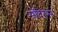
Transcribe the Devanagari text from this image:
मंदिरम्‌